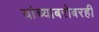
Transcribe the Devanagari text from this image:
यांच्याबरोबरही